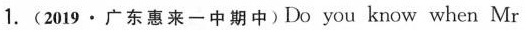
1.(2019·广东惠来一中期中)Do you know when Mr